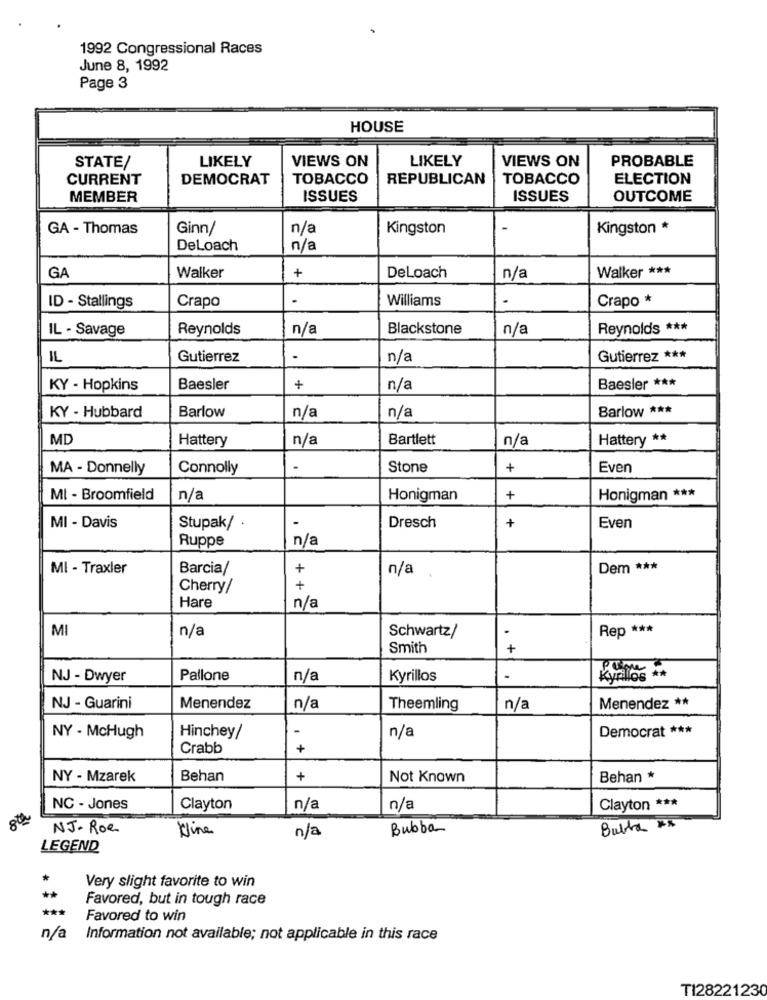
1992 Congressional Races
June 8, 1992
Page 3
HOUSE
LIKELY
VIEWS ON
LIKELY
VIEWS ON
PROBABLE
STATE/
CURRENT
DEMOCRAT
TOBACCO
REPUBLICAN
TOBACCO
ELECTION
MEMBER
ISSUES
ISSUES
OUTCOME
GA - Thomas
Ginn/
n/a
Kingston
Kingston *
DeLoach
n/a
Walker ***
GA
Walker
+
DeLoach
n/a
Crapo
-
Williams
Crapo *
ID - Stallings
IL - Savage
Reynolds
n/a
Blackstone
n/a
Reynolds ***
IL
Gutierrez
-
n/a
Gutierrez ***
KY - Hopkins
Baesler
+
n/a
Baesler ***
KY - Hubbard
Barlow
Barlow ***
n/a
n/a
MD
Hattery
n/a
Bartlett
n/a
Hattery **
MA - Donnelly
Connolly
-
Stone
+
Even
MI - Broomfield
n/a
Honigman
+
Honigman ***
-
Even
MI - Davis
Stupak/ .
Dresch
+
Ruppe
n/a
MI - Traxler
Barcia/
+
n/a
Dem ***
Cherry/
+
Hare
n/a
MI
n/a
Rep ***
Schwartz/
Smith
+
. +
NJ - Dwyer
Pallone
n/a
Kyrillos
-
Kyrillos **
NJ - Guarini
Menendez
n/a
Theemling
n/a
Menendez **
-
Democrat ***
NY - McHugh
Hinchey/
n/a
Crabb
+
NY - Mzarek
Behan
+
Not Known
Behan *
NC - Jones
Clayton
n/a
n/a
Clayton ***
8th
NJ- Roe
Kline
Bubba
Butta xx
n/a
LEGEND
*
Very slight favorite to win
Favored, but in tough race
Favored to win
n/a
Information not available; not applicable in this race
TI28221230